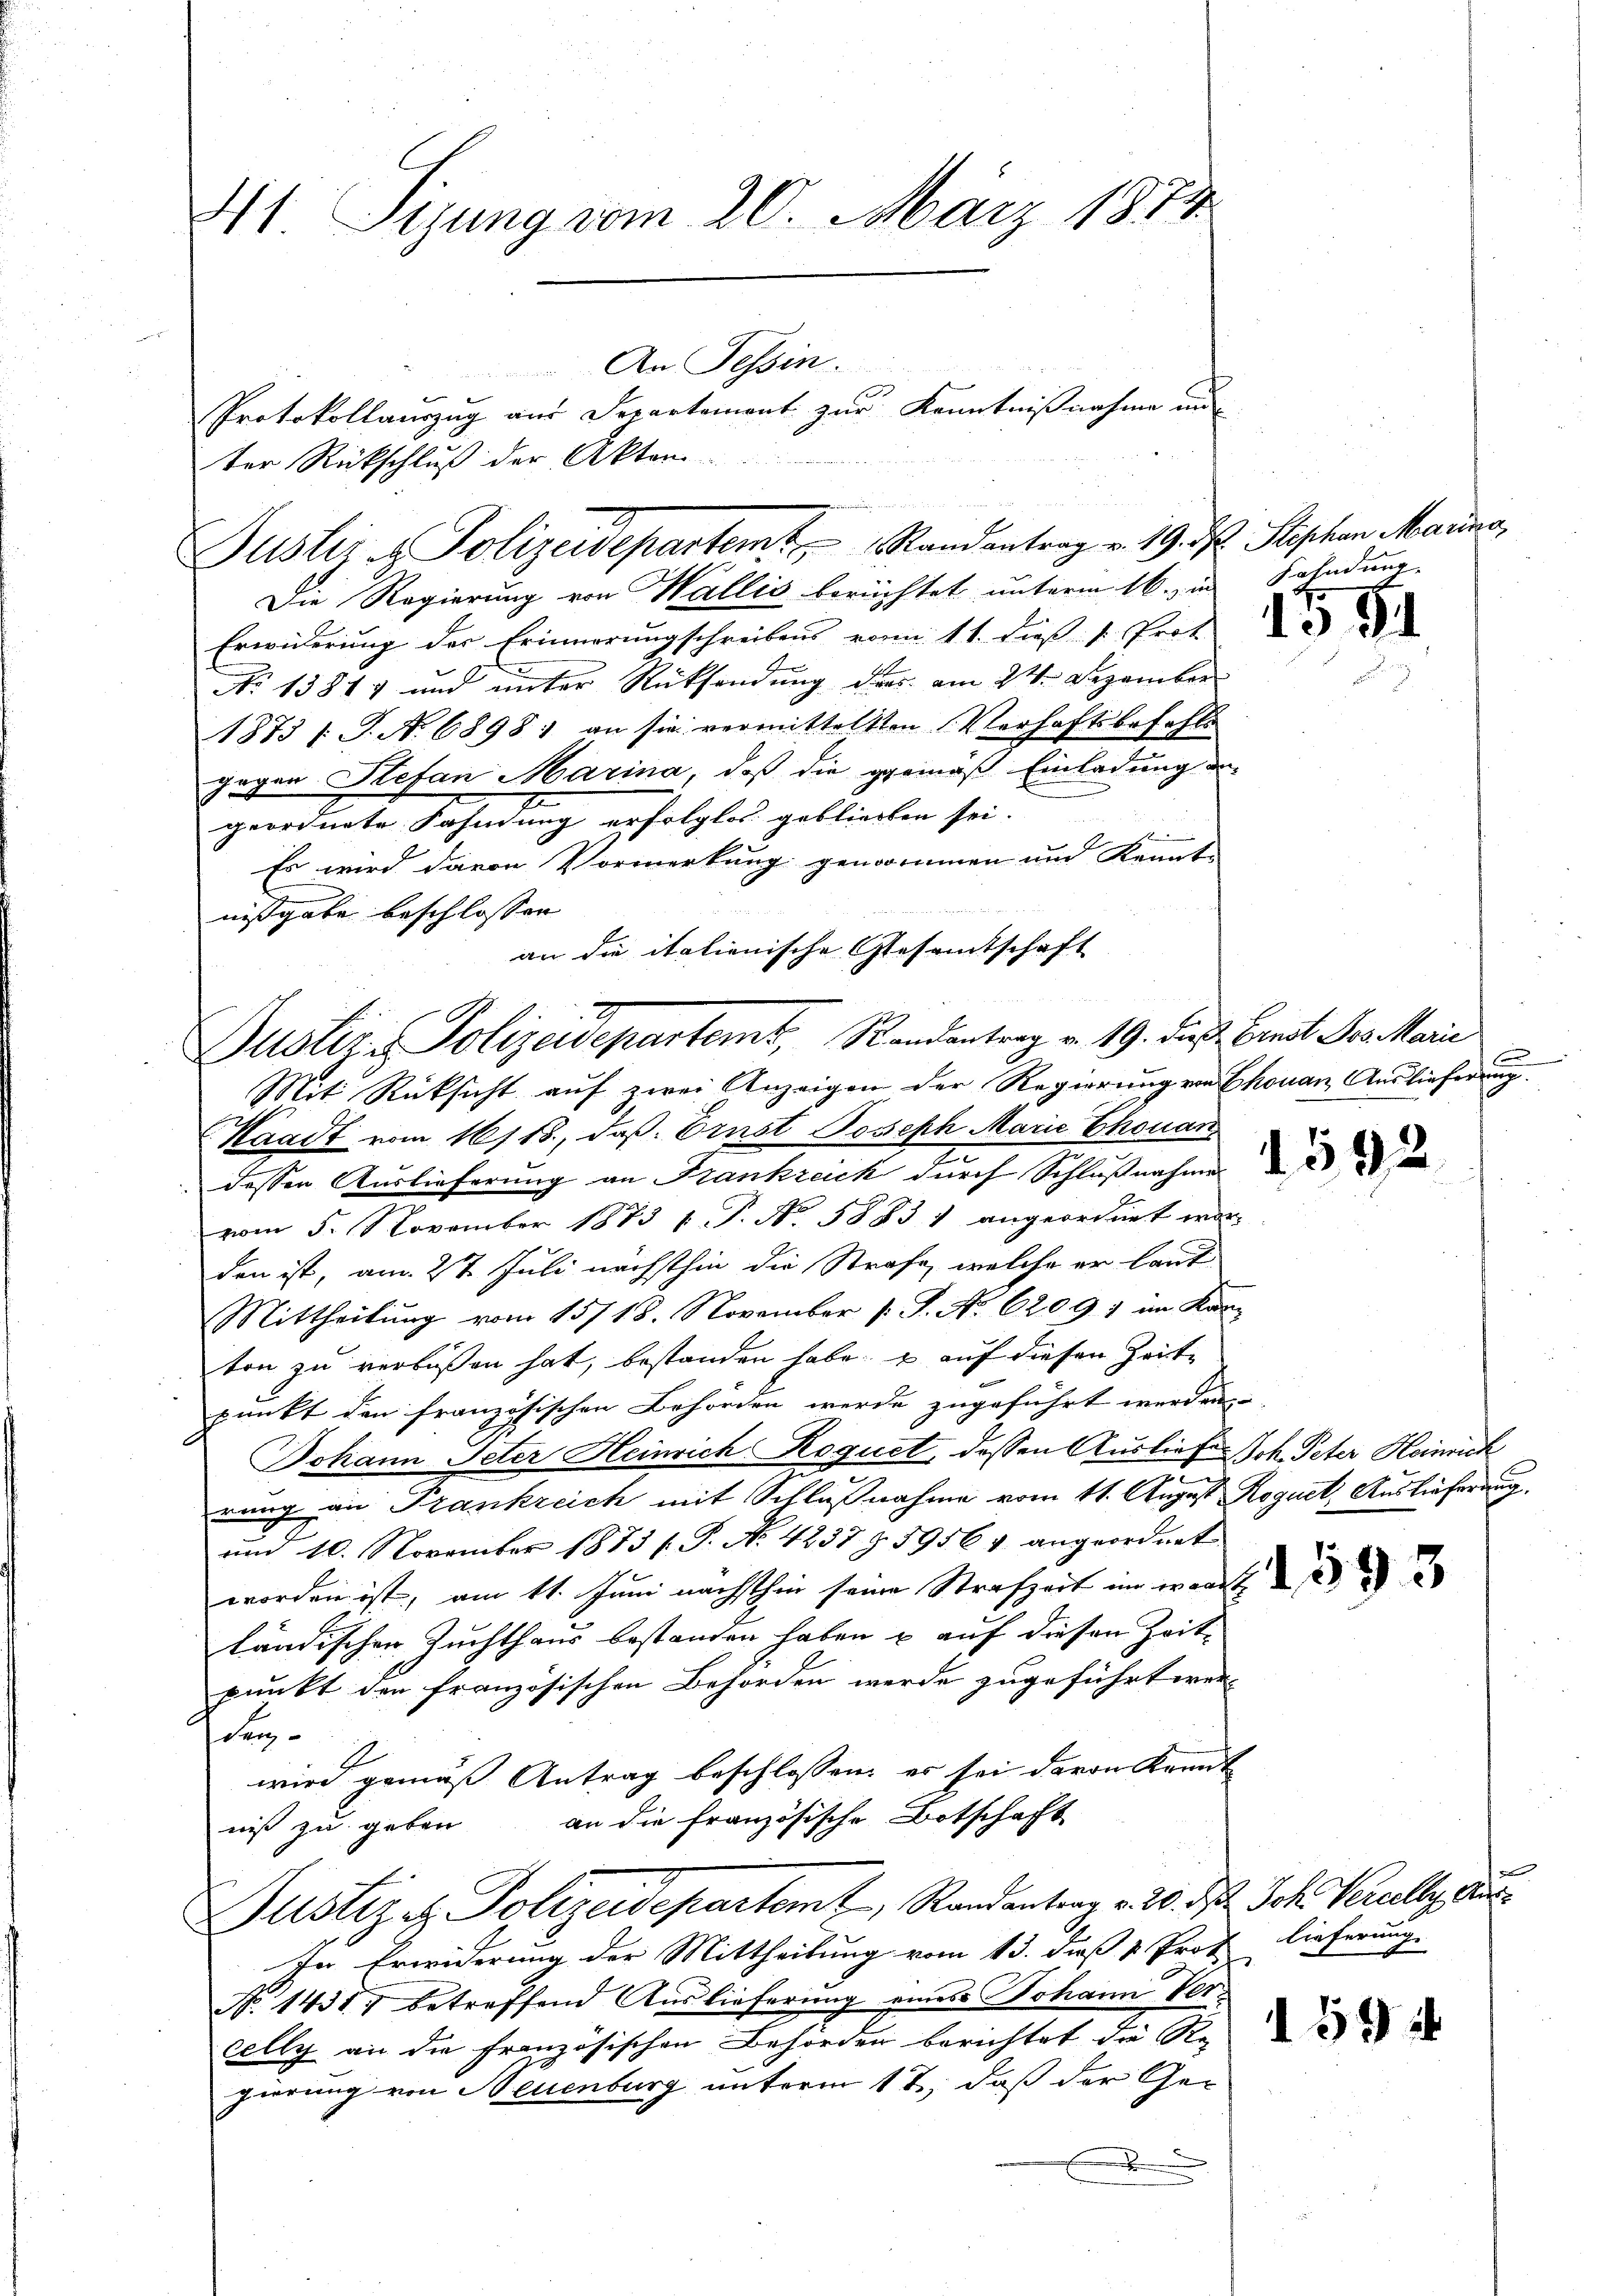
41 Sizung vom 20. März 1844.
An Tessin.
Protokollauszug aus Departement zur Kenntnißnahme und
ter Rückschluß der Akten

Die Regierung von Wallis berichtet unterm 16. in
Erwiderung der Erinnerungschreibens vom 11. dieß " Prot
No 1381 und unter Rücksendung ders am 24. Dezember
1873 f. J. No. 6898; an sie vermittelsten Verhaftsbefehls
gegen Stefan Marina, daß die gemäß Einladung an-
geordnete Sahndung erfolglos geblierten sei.
Es wird davon Vormerkung genommen und Kennt-
nißgabe beschlossen
an die italienische Gesamtschaft

r
Justiz & Polizeidepartem Randantrag v. 19. d. Stischen Marina,

Justiz - Polizeidepartemt, Randantrag v. 19. dieß breit des Mari
Mit Rücksicht auf zwei Anzeigen der Regierung von Chouan, Auslieferung

Kaadt vom 16/18., daß Ernst Joseph Marie Ekonan
e
dessen Auslieferung an Frankreich durch Schlußnahme
vom 5. November 1873 u. P. No. 58831 angeordnet wor-
den ist, am 2t Juli nächsthin die Strafe, welche er laut
Mittheilung vom 15/18. November P. P. No 62091 im Karton zu verbüßen hat, bestanden habe, & auf diesen Zeite
punkt den französischen Behörden werde zugeführt werden,
Johann Peter Heinrich Roquet, dessen Auslief Joh. Peter Heinrich
u
rung an Frankreich mit Schlußnahme vom 11. August Roguet, Auslieferung
um 10. November 1873 f. P. Nr. 4237 § 5956 & angeordnet.
worden ist, am 11. Juni nächsthin seine Strafzeit in wardt
ländischen Zuchthaus bestanden haben u auf diesen Zeitpunkt der französischen Behörden werde zugeführt wer-
der
wird gemäß Antrag beschlossen: er sei davon Krent
an die französische Botschaft
niß zu geben
Justiz & Polizeidepartemt, Randantrag v. 20. d. Joh. Gerally, den
In Erwiderung der Mittheilung vom 13. daß v. Prof. Lieferung.
No 1431, betreffend Auslieferung eines Johann Vercelly an die Französischen Behörden berichtet die Re
gierung von Neuenburg unterm 12. daß der Gex

Fahndung

1581

1595

159

e

vol